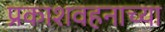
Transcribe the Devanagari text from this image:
प्रकाशवहनाच्या